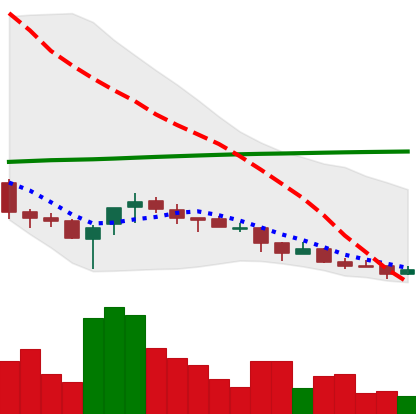
Ticker: NEO-USD
Chart end date: 2018-04-02
Forward return: -4.906%
Label: down_3_5